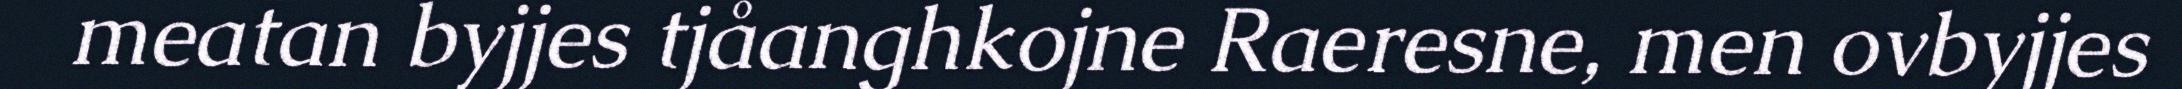
meatan byjjes tjåanghkojne Raeresne, men ovbyjjes